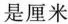
是厘米